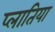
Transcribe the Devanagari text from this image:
प्लातिया